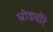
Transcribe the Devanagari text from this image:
घोडचौरे